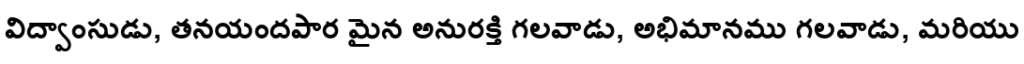
విద్వాంసుడు, తనయందపార మైన అనురక్తి గలవాడు, అభిమానము గలవాడు, మరియు